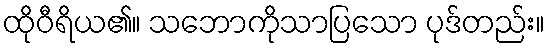
ထိုဝီရိယ၏။ သဘောကိုသာပြသော ပုဒ်တည်း။